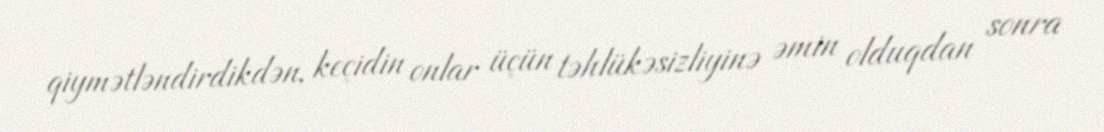
qiymətləndirdikdən, keçidin onlar üçün təhlükəsizliyinə əmin olduqdan sonra